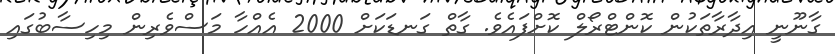
ގާނޫނީ އިދާރާތަކުން ކޮންޓްރޯލް ކޮށްފައެވެ. ގާތް ގަނޑަކަށް 2000 އެއްހާ މަސްވެރިން މިހިސާބުގައި